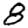
Digit: 8